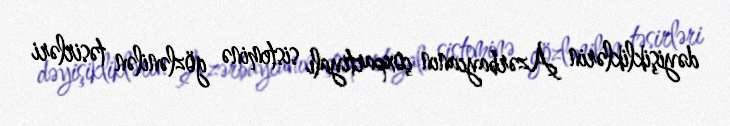
dəyişikliklərin Azərbaycanın çoxpartiyalı sisteminə gözlənilən təsirləri